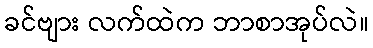
ခင်ဗျား လက်ထဲက ဘာစာအုပ်လဲ။